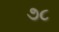
૭૮